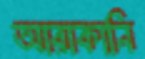
আরাকানি